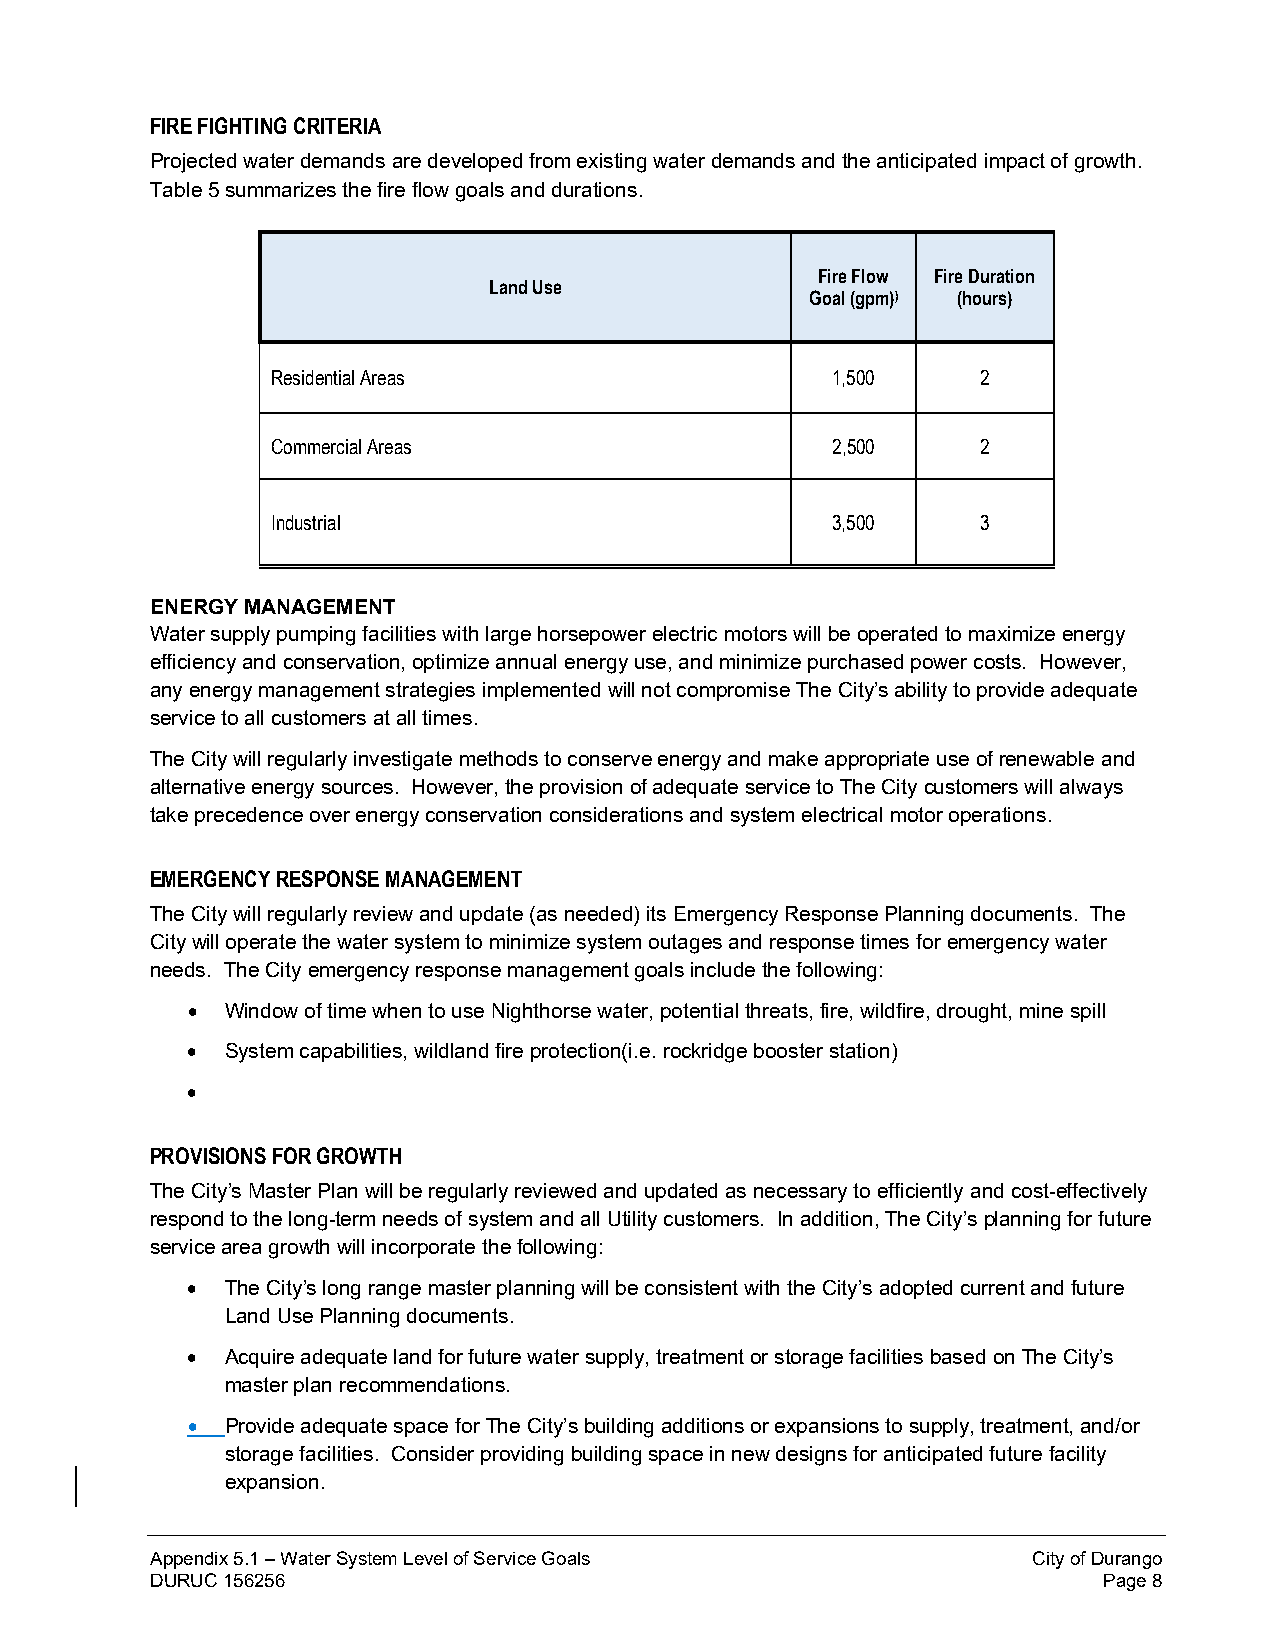
FIRE FIGHTING CRITERIA
 Projected water demands are developed from existing water demands and the anticipated impact of growth.
 Table 5 summarizes the fire flow goals and durations.
 Fire Flow Fire Duration
 Land Use
 Goal (gpm)) (hours)
 Residential Areas                    1,500     2
 Commercial Areas                     2,500     2
 Industrial                           3,500     3
 ENERGY MANAGEMENT
 Water supply pumping facilities with large horsepower electric motors will be operated to maximize energy
 efficiency and conservation, optimize annual energy use, and minimize purchased power costs. However,
 any energy management strategies implemented will not compromise The City’s ability to provide adequate
 service to all customers at all times.
 The City will regularly investigate methods to conserve energy and make appropriate use of renewable and
 alternative energy sources. However, the provision of adequate service to The City customers will always
 take precedence over energy conservation considerations and system electrical motor operations.
 EMERGENCY RESPONSE MANAGEMENT
 The City will regularly review and update (as needed) its Emergency Response Planning documents. The
 City will operate the water system to minimize system outages and response times for emergency water
 needs. The City emergency response management goals include the following:
 •  Window of time when to use Nighthorse water, potential threats, fire, wildfire, drought, mine spill
 •  System capabilities, wildland fire protection(i.e. rockridge booster station)
 •
 PROVISIONS FOR GROWTH
 The City’s Master Plan will be regularly reviewed and updated as necessary to efficiently and cost-effectively
 respond to the long-term needs of system and all Utility customers. In addition, The City’s planning for future
 service area growth will incorporate the following:
 •  The City’s long range master planning will be consistent with the City’s adopted current and future
 Land Use Planning documents.
 •  Acquire adequate land for future water supply, treatment or storage facilities based on The City’s
 master plan recommendations.
 •  Provide adequate space for The City’s building additions or expansions to supply, treatment, and/or
 storage facilities. Consider providing building space in new designs for anticipated future facility
 expansion.
 Appendix 5.1 – Water System Level of Service Goals        City of Durango
 DURUC 156256                                                   Page 8